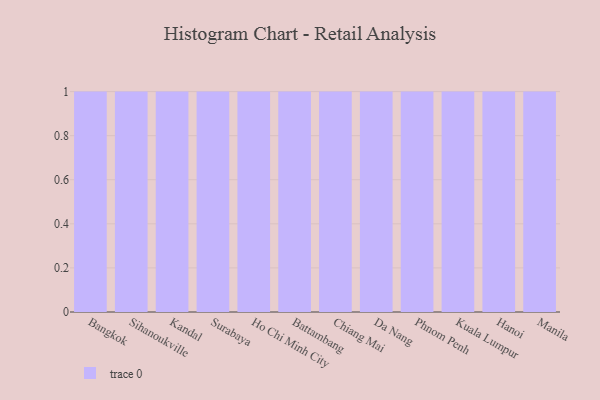
{"axis": {"x": "City", "y": "Net Income (USD K)"}, "legend": [""], "data": [{"x": "Bangkok", "y": 25, "type": ""}, {"x": "Sihanoukville", "y": 49, "type": ""}, {"x": "Kandal", "y": 92, "type": ""}, {"x": "Surabaya", "y": 2, "type": ""}, {"x": "Ho Chi Minh City", "y": 8, "type": ""}, {"x": "Battambang", "y": 60, "type": ""}, {"x": "Chiang Mai", "y": 88, "type": ""}, {"x": "Da Nang", "y": 96, "type": ""}, {"x": "Phnom Penh", "y": 68, "type": ""}, {"x": "Kuala Lumpur", "y": 75, "type": ""}, {"x": "Hanoi", "y": 9, "type": ""}, {"x": "Manila", "y": 97, "type": ""}]}